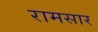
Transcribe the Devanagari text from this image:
रामसार